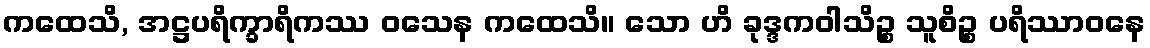
ကထေသိ, အဋ္ဌပရိက္ခာရိကဿ ဝသေန ကထေသိ။ သော ဟိ ခုဒ္ဒကဝါသိဉ္စ သူစိဉ္စ ပရိဿာဝနေ